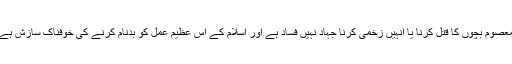
معصوم بچوں کا قتل کرنا یا انہیں زخمی کرنا جہاد نہیں فساد ہے اور اسلام کے اس عظیم عمل کو بدنام کرنے کی خوفناک سازش ہے۔